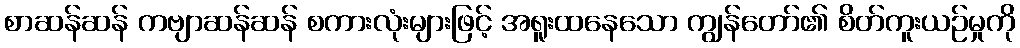
စာဆန်ဆန် ကဗျာဆန်ဆန် စကားလုံးများဖြင့် အရူးထနေသော ကျွန်တော်၏ စိတ်ကူးယဉ်မှုကို